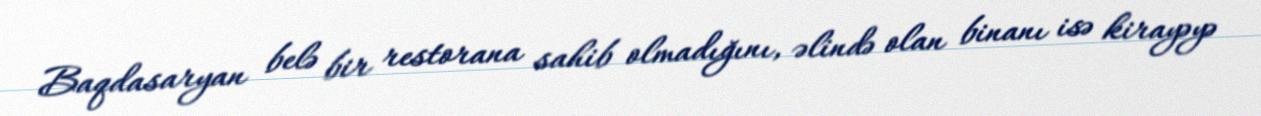
Baqdasaryan belə bir restorana sahib olmadığını, əlində olan binanı isə kirayəyə